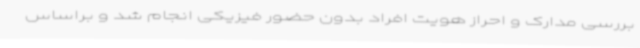
بررسی مدارک و احراز هویت افراد بدون حضور فیزیکی انجام شد و براساس